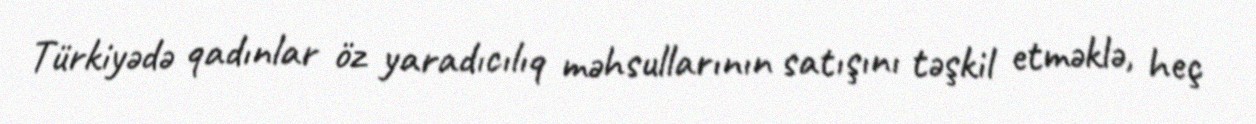
Türkiyədə qadınlar öz yaradıcılıq məhsullarının satışını təşkil etməklə, heç